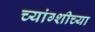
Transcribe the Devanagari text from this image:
च्यांग्शीच्या